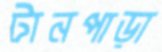
টানপাড়া